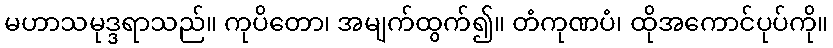
မဟာသမုဒ္ဒရာသည်။ ကုပိတော၊ အမျက်ထွက်၍။ တံကုဏပံ၊ ထိုအကောင်ပုပ်ကို။